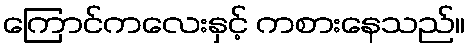
ကြောင်ကလေးနှင့် ကစားနေသည်။